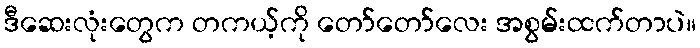
ဒီဆေးလုံးတွေက တကယ့်ကို တော်တော်လေး အစွမ်းထက်တာပဲ။